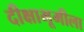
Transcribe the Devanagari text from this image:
दीक्षाभूमीला